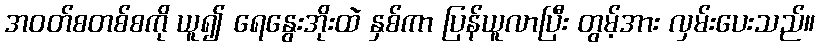
အဝတ်စတစ်စကို ယူ၍ ရေနွေးအိုးထဲ နှစ်ကာ ပြန်ယူလာပြီး တွမ့်အား လှမ်းပေးသည်။